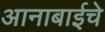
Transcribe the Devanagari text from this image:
आनाबाईचे